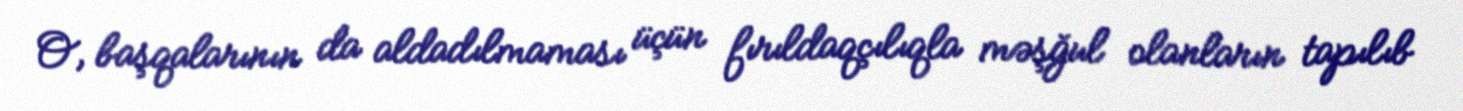
O, başqalarının da aldadılmaması üçün fırıldaqçılıqla məşğul olanların tapılıb